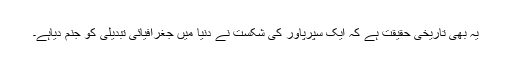
یہ بھی تاریخی حقیقت ہے کہ ایک سپرپاور کی شکست نے دنیا میں جغرافیائی تبدیلی کو جنم دیاہے۔